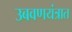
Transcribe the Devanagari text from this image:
उबवणयंत्रात